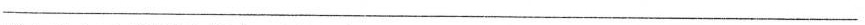
___